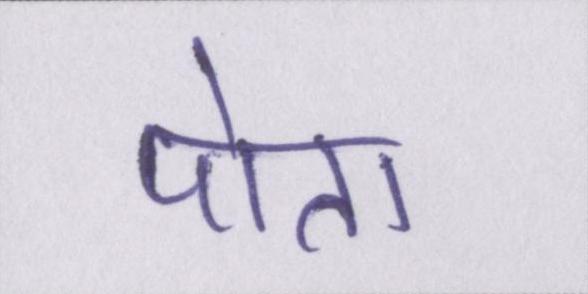
पोता